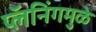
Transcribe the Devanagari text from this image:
प्लॅनिंगमुळे